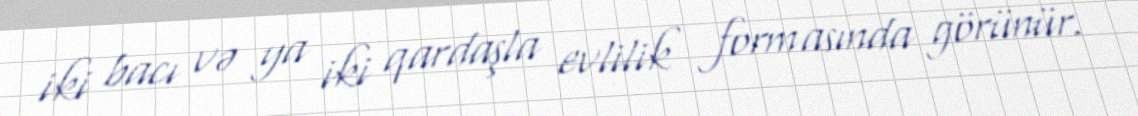
iki bacı və ya iki qardaşla evlilik formasında görünür.